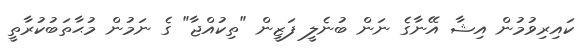
ކައިރިވުމުން އިޝާ އޭނާގެ ނަން ބުނެލީ ފަޒީން "ތިކުއްޖާ" ގެ ނަމުން މުޙާތަބުކުރާތީ